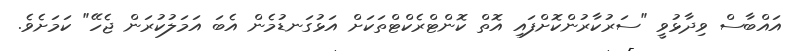
އައްބާސް ވިދާޅުވީ "ސަރުކާރުންކޮށްފައި އޮތް ކޮންޓްރެކްޓްތަކަށް އަޅުގަނޑުމެން އެބަ އަމަލުކުރަން ޖެހޭ" ކަމަށެވެ.